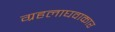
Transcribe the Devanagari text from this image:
ग्रहलाघवाकार